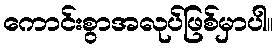
ကောင်းစွာအလုပ်ဖြစ်မှာပါ။